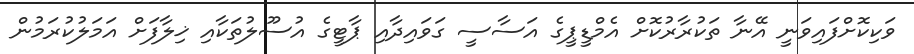
ވަކިކޮށްފައިވަނީ އޭނާ ތަކުރާރުކޮށް އެމްޑީޕީގެ އަސާސީ ގަވައިދާއި ޕާޓީގެ އުސޫލުތަކާއި ޚިލާފަށް އަމަލުކުރަމުން